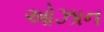
ઓઝાન